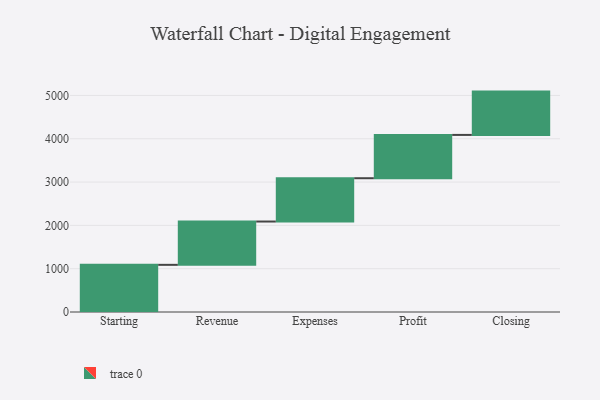
{"axis": {"x": "Step", "y": "Value"}, "legend": [""], "data": [{"x": "Starting", "y": 1089.0, "type": ""}, {"x": "Revenue", "y": 1000, "type": ""}, {"x": "Expenses", "y": 1000, "type": ""}, {"x": "Profit", "y": 1000, "type": ""}, {"x": "Closing", "y": 1000, "type": ""}]}